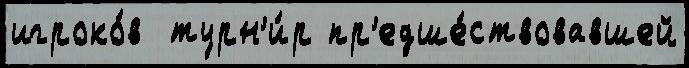
игроко́в  турн'и́р пр'едше́ствовавшей